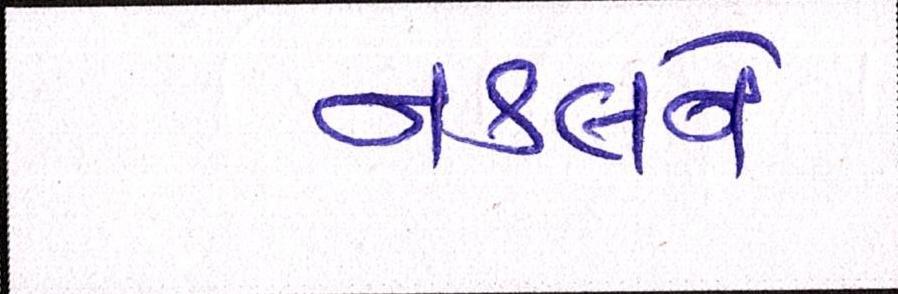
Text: નકલને